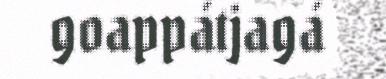
goappátjagá